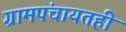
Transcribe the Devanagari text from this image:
ग्रामपंचायतही